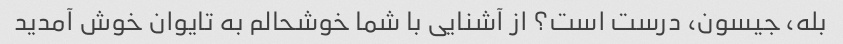
بله، جیسون، درست است؟ از آشنایی با شما خوشحالم به تایوان خوش آمدید